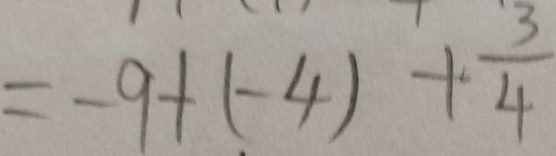
= - 9 + ( - 4 ) + \frac { 3 } { 4 }